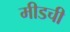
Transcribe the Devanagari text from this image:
मीडची